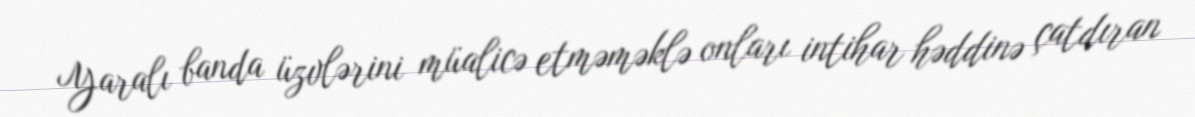
Yaralı banda üzvlərini müalicə etməməklə onları intihar həddinə çatdıran